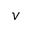
v